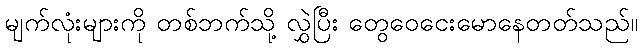
မျက်လုံးများကို တစ်ဘက်သို့ လွှဲပြီး တွေဝေငေးမောနေတတ်သည်။